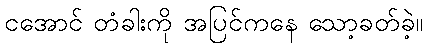
ငအောင် တံခါးကို အပြင်ကနေ သော့ခတ်ခဲ့။